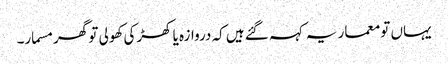
یہاں تو معمار یہ کہہ گئے ہیں کہ دروازہ یا کھڑکی کھولی تو گھر مسمار۔